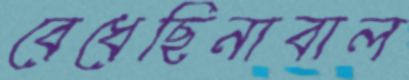
বেধেছিনাবাল